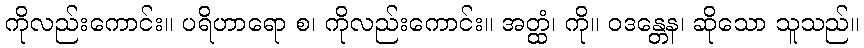
ကိုလည်းကောင်း။ ပရိဟာရော စ၊ ကိုလည်းကောင်း။ အတ္ထံ၊ ကို။ ဝဒန္တေန၊ ဆိုသော သူသည်။